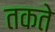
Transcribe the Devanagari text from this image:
तकते